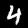
Label: 4